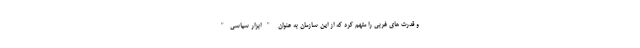
و قدرت های غربی را متهم کرد که از این سازمان به عنوان "ابزار سیاسی"